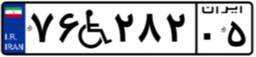
۷۶W۲۸۲۰۵